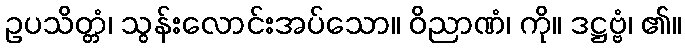
ဥပသိတ္တံ၊ သွန်းလောင်းအပ်သော။ ဝိညာဏံ၊ ကို။ ဒဋ္ဌဗ္ဗံ၊ ၏။